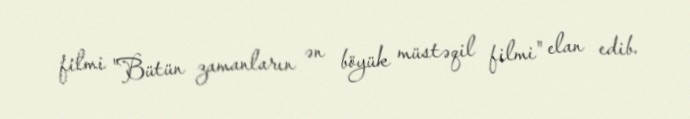
filmi "Bütün zamanların ən böyük müstəqil filmi" elan edib.